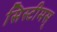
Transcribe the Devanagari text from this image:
सिस्टीमस्